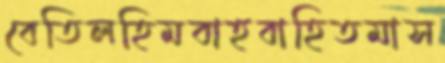
বেতিলহিমবাহবাহিতমাস